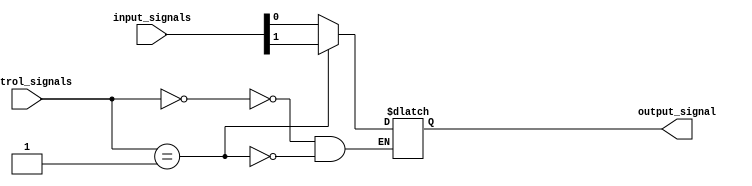
module multiplexer(
    input [511:0] input_signals,
    input [8:0] control_signals,
    output reg output_signal
);

always @(*)
begin
    case(control_signals)
        9'b000000000: output_signal = input_signals[0];
        9'b000000001: output_signal = input_signals[1];
        // Add cases for all 512 input signals
        // Each case will assign the corresponding input signal to the output_signal
    endcase
end

endmodule